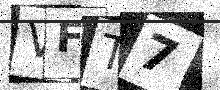
Text: VFT7